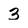
Character: 3